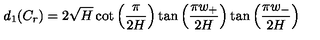
d _ { 1 } ( C _ { r } ) = 2 \sqrt { H } \cot \left( \frac { \pi } { 2 H } \right) \tan \left( \frac { \pi w _ { + } } { 2 H } \right) \tan \left( \frac { \pi w _ { - } } { 2 H } \right)